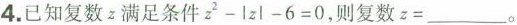
4.已知复数z满足条件$$z^{2}-|z|-6=0$$，则复数$$z=___$$。